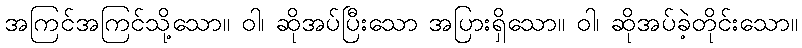
အကြင်အကြင်သို့သော။ ဝါ၊ ဆိုအပ်ပြီးသော အပြားရှိသော။ ဝါ၊ ဆိုအပ်ခဲ့တိုင်းသော။